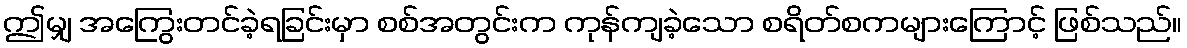
ဤမျှ အကြွေးတင်ခဲ့ရခြင်းမှာ စစ်အတွင်းက ကုန်ကျခဲ့သော စရိတ်စကများကြောင့် ဖြစ်သည်။